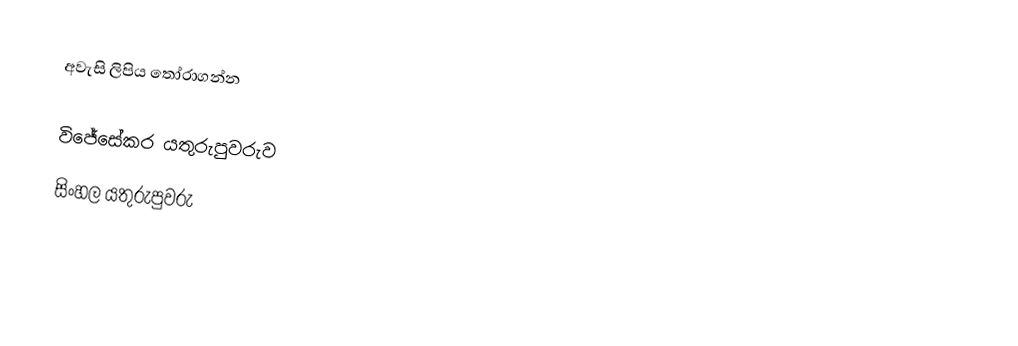
අවැසි ලිපිය තෝරාගන්න

 විජේසේකර යතුරුපුවරුව
 සිංහල යතුරුපුවරු